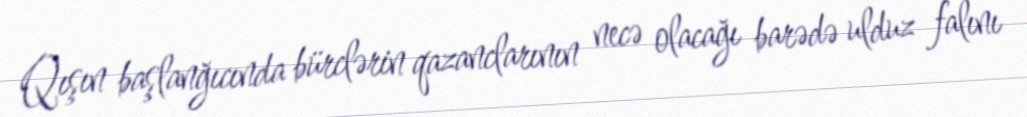
Qışın başlanğıcında bürclərin qazanclarının necə olacağı barədə ulduz falını